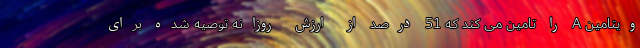
ویتامین A را تامین می کند که 51 درصد از ارزش روزانه توصیه شده برای